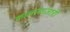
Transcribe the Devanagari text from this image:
कालाबाज़ारी